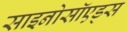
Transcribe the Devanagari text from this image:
साइनोसॉएड्स